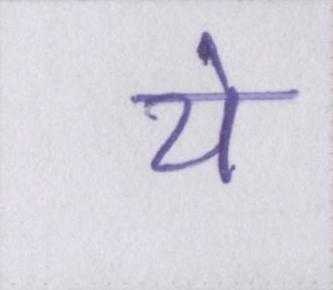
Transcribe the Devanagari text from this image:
ये